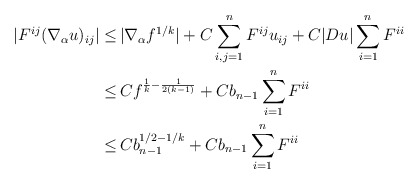
\begin{align*}\begin{aligned}|F^{ij} (\nabla_\alpha u)_{ij}| \leq \,& |\nabla_\alpha f^{1/k}| + C \sum_{i,j=1}^n F^{ij} u_{ij} + C |Du| \sum_{i=1}^n F^{ii}\\ \leq \,& Cf^{\frac{1}{k}-\frac{1}{2(k-1)}} + C b_{n-1} \sum_{i=1}^n F^{ii}\\ \leq\, &C b_{n-1}^{1/2-1/k}+ C b_{n-1} \sum_{i=1}^n F^{ii} \end{aligned}\end{align*}